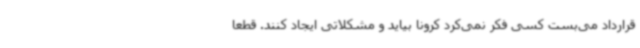
قرارداد می‌بست کسی فکر نمی‌کرد کرونا بیاید و مشکلاتی ایجاد کنند. قطعا